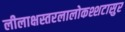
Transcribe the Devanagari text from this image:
लीलाक्षस्तरलालोकश्शटासुर